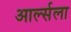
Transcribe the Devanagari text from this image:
आर्ल्सला